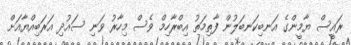
ރައީސް ޔާމީންގެ އަނބިކަނބަލުން ފާތިމަތު އިބްރާހިމް ވެސް މިހާރު ވަނި ސައުދި އަރަބިއްޔާއަށް